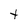
Character: t